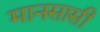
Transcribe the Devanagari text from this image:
मानसासी